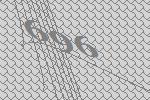
696